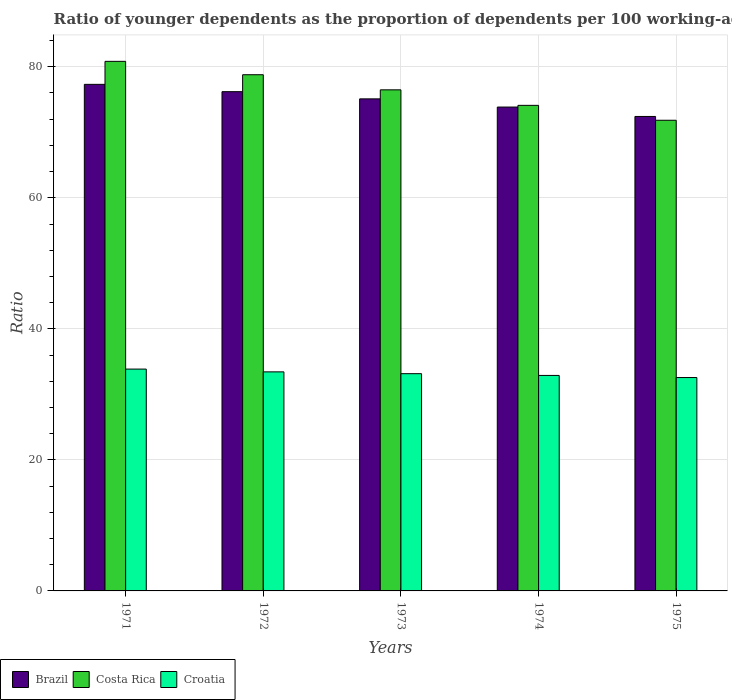
| Years | Brazil | Costa Rica | Croatia |
 | --- | --- | --- | --- |
 | 1971 | 77.3 | 80.8 | 33.9 |
 | 1972 | 76.2 | 78.8 | 33.4 |
 | 1973 | 75.1 | 76.5 | 33.2 |
 | 1974 | 73.9 | 74.1 | 32.9 |
 | 1975 | 72.4 | 71.8 | 32.6 |